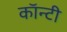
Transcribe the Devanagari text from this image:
काॅन्टी